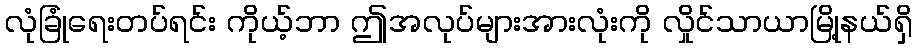
လုံခြုံရေးတပ်ရင်း ကိုယ့်ဘာ ဤအလုပ်များအားလုံးကို လှိုင်သာယာမြို့နယ်ရှိ